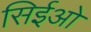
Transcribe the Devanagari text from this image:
सिईओ